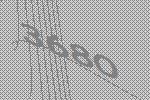
3680